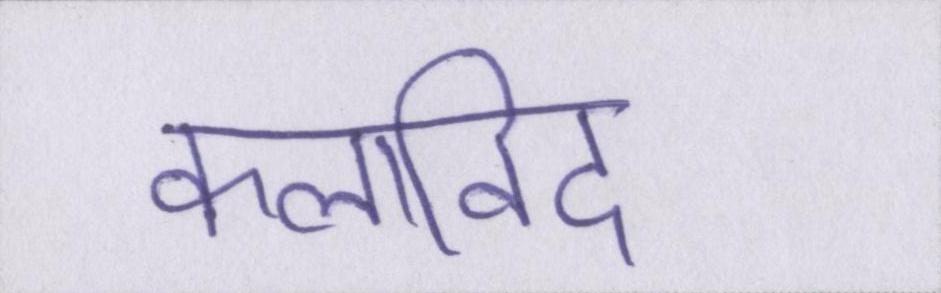
कलाविद